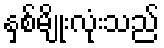
နှစ်မျိုးလုံးသည်